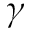
\gamma